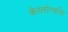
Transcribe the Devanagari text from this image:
केरलोत्पत्ति